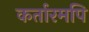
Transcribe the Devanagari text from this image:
कर्तारमपि